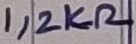
Text: 1,2KΩ